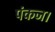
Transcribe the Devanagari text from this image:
पंकज।